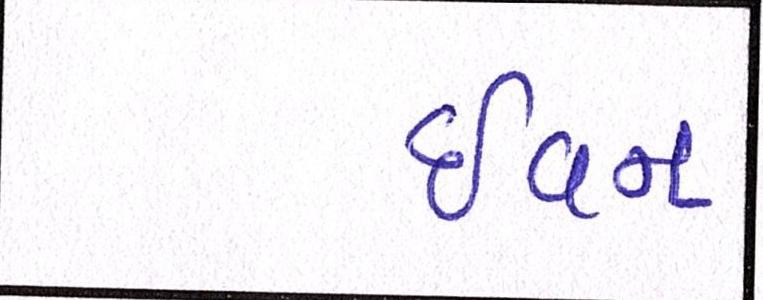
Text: ઇવન